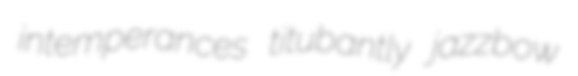
intemperances titubantly jazzbow